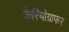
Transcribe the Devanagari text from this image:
केरियोग्राफर